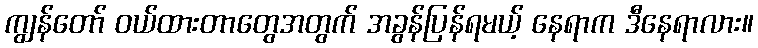
ကျွန်တော် ဝယ်ထားတာတွေအတွက် အခွန်ပြန်ရမယ့် နေရာက ဒီနေရာလား။